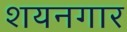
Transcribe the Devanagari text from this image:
शयनगार